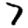
Digit: 7